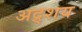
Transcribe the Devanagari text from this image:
अद्र्शय